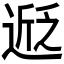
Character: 𬨵